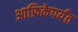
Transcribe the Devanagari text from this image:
आफ्रिकेपर्यंत